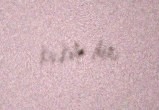
kv.km-dir.